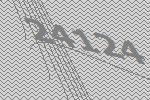
24124